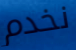
نخدم